Indian journal of veterinary science and animal husbandry - Volume 11,
Year: 1941
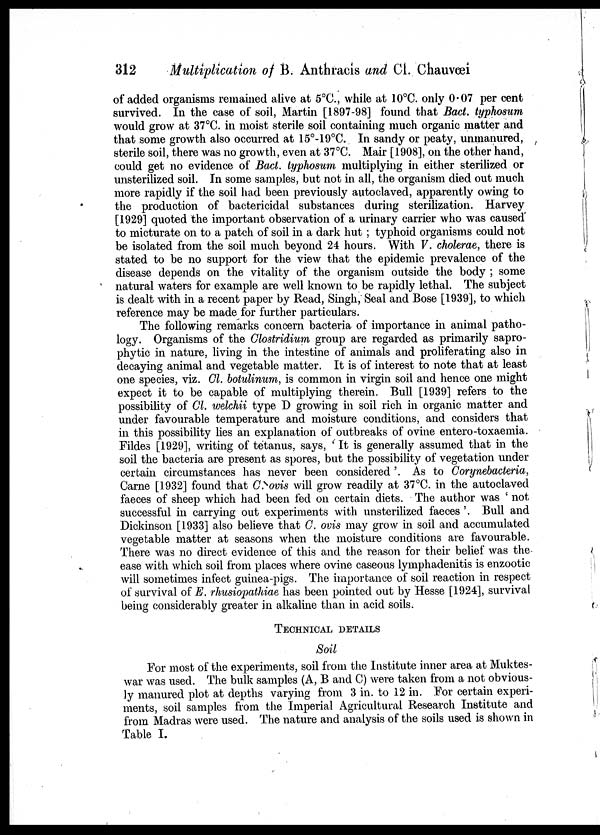
312
Multiplication of B. Anthracis and Cl. Chauvœi
of added organisms remained alive at 5°C, while at 10°C. only 0.07 per cent
survived. In the case of soil, Martin [1897-98] found that Bact. typhosum
would grow at 37°C. in moist sterile soil containing much organic matter and
that some growth also occurred at 15°-19°C. In sandy or peaty, unmanured,
sterile soil, there was no growth, even at 37°C. Mair [1908], on the other hand,
could get no evidence of Bact. typhosum multiplying in either sterilized or
unsterilized soil. In some samples, but not in all, the organism died out much
more rapidly if the soil had been previously autoclaved, apparently owing to
the production of bactericidal substances during sterilization. Harvey
[1929] quoted the important observation of a urinary carrier who was caused'
to micturate on to a patch of soil in a dark hut ; typhoid organisms could not
be isolated from the soil much beyond 24 hours. With V. cholerae, there is
stated to be no support for the view that the epidemic prevalence of the
disease depends on the vitality of the organism outside the body ; some
natural waters for example are well known to be rapidly lethal. The subject
is dealt with in a recent paper by Read, Singh, Seal and Bose [1939], to which
reference may be made for further particulars.
The following remarks concern bacteria of importance in animal patho-
logy. Organisms of the Clostridium group are regarded as primarily sapro-
phytic in nature, living in the intestine of animals and proliferating also in
decaying animal and vegetable matter. It is of interest to note that at least
one species, viz. Cl. botulinum, is common in virgin soil and hence one might
expect it to be capable of multiplying therein. Bull [1939] refers to the
possibility of Cl. welchii type D growing in soil rich in organic matter and
under favourable temperature and moisture conditions, and considers that
in this possibility lies an explanation of outbreaks of ovine entero-toxaemia.
Fildes [1929], writing of tetanus, says, ' It is generally assumed that in the
soil the bacteria are present as spores, but the possibility of vegetation under
certain circumstances has never been considered '. As to Corynebacteria,
Carne [1932] found that C. ovis will grow readily at 37°C. in the autoclaved
faeces of sheep which had been fed on certain diets. The author was ' not
successful in carrying out experiments with unsterilized faeces '. Bull and
Dickinson [1933] also believe that C. ovis may grow in soil and accumulated
vegetable matter at seasons when the moisture conditions are favourable
There was no direct evidence of this and the reason for their belief was the
ease with which soil from places where ovine caseous lymphadenitis is enzootic
will sometimes infect guinea-pigs. The importance of soil reaction in respect
of survival of E. rhusiopathiae has been pointed out by Hesse [1924], survival
being considerably greater in alkaline than in acid soils.
TECHNICAL DETAILS
Soil
For most of the experiments, soil from the Institute inner area at Muktes-
war was used. The bulk samples (A, B and C) were taken from a not obvious-
ly manured plot at depths varying from 3 in. to 12 in. For certain experi-
ments, soil samples from the Imperial Agricultural Research Institute and
from Madras were used. The nature and analysis of the soils used is shown in
Table I.